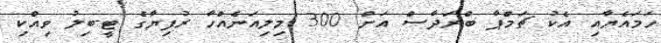
ހަމައެޔާއި އެކު ޗަމްޕާ ބްރަދާސް އަށް 300 މިލިއަނެއްހާ ރުފިޔާގެ ޓީ-ބިލު ވިއްކި